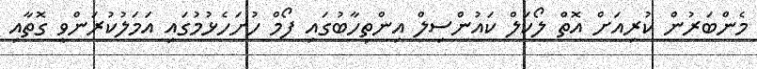
މެންބަރުން ކުރިއަށް އޮތް ލޯކަލް ކައުންސިލް އިންތިހާބުގައި ފޯމް ހުށަހެޅުމުގައި އަމަލުކުރަންވީ ގޮތާއި